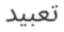
تعبيد